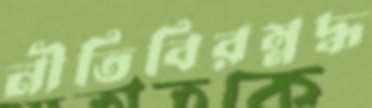
নীতিবিরম্নদ্ধ